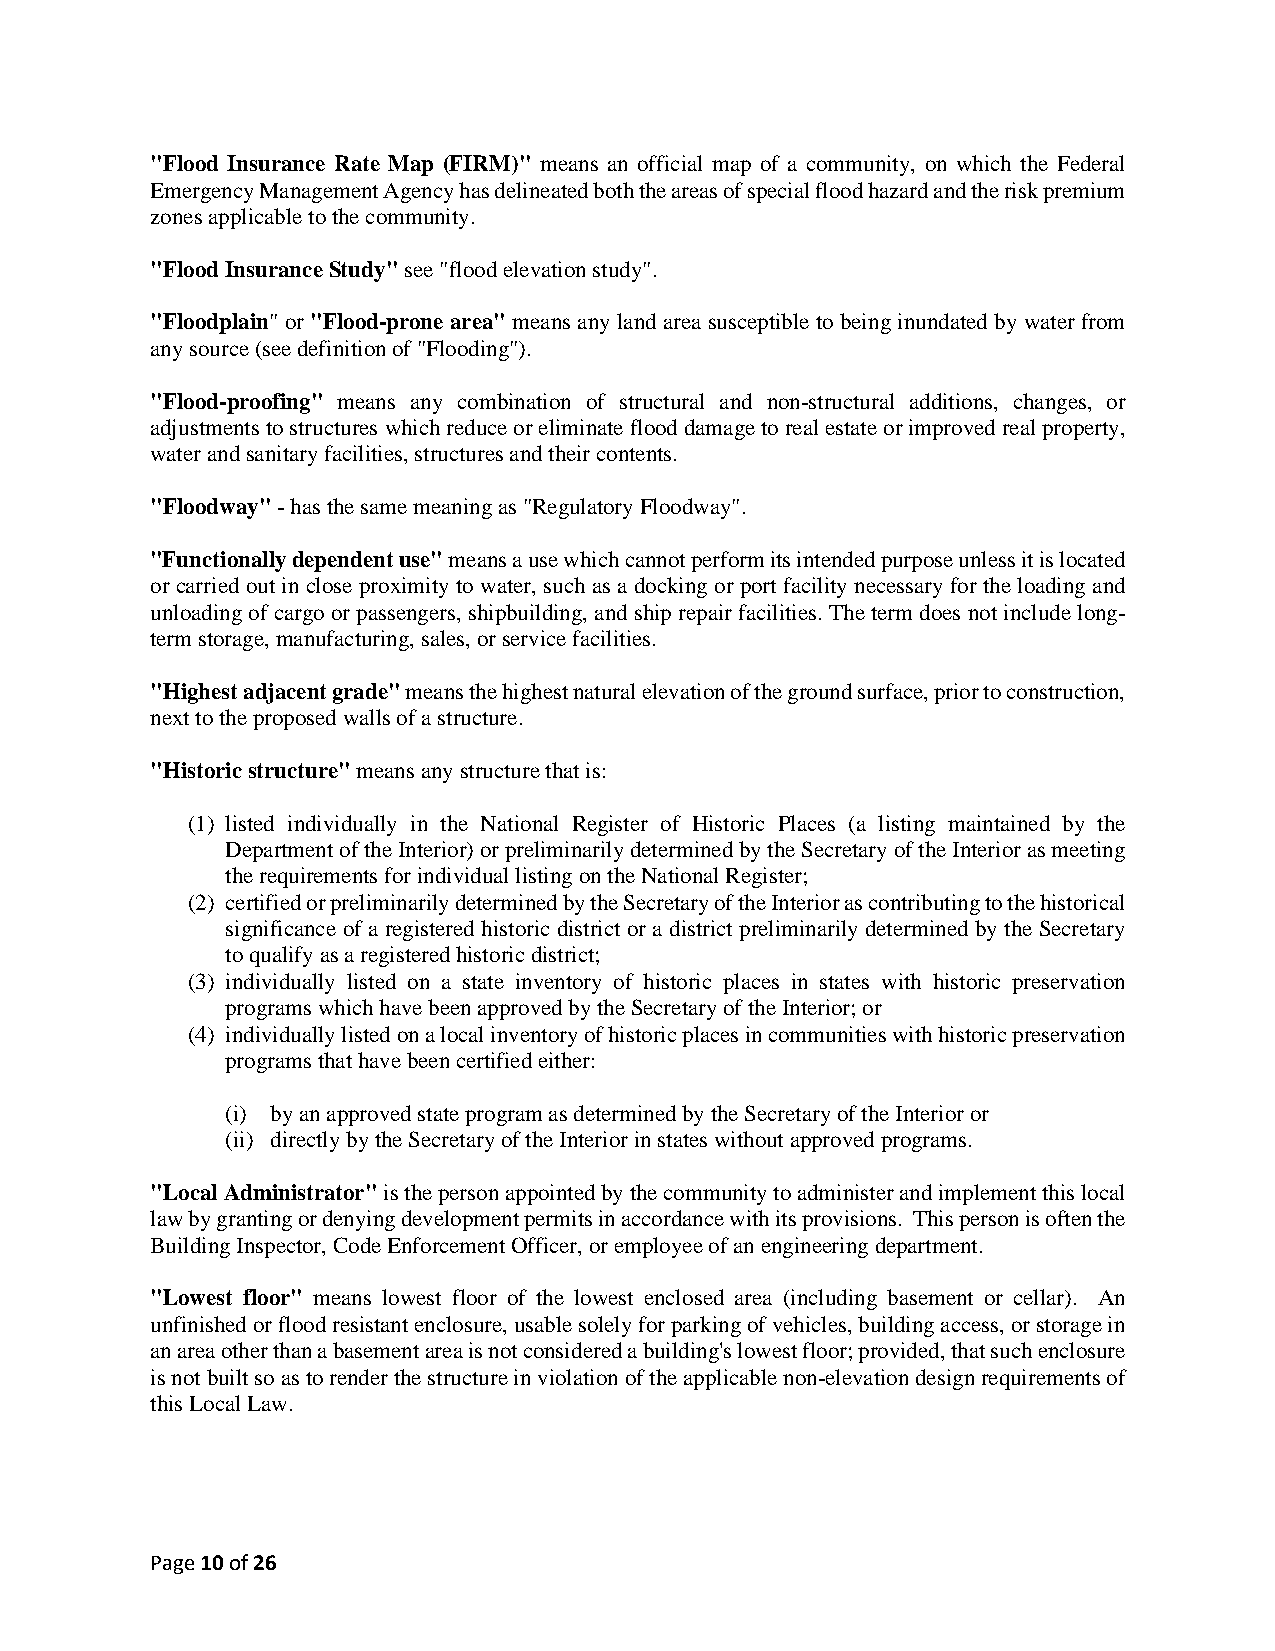
"Flood Insurance Rate Map (FIRM)" means an official map of a community, on which the Federal
 Emergency Management Agency has delineated both the areas of special flood hazard and the risk premium
 zones applicable to the community.
 "Flood Insurance Study" see "flood elevation study".
 "Floodplain" or "Flood-prone area" means any land area susceptible to being inundated by water from
 any source (see definition of "Flooding").
 "Flood-proofing" means any combination of structural and non-structural additions, changes, or
 adjustments to structures which reduce or eliminate flood damage to real estate or improved real property,
 water and sanitary facilities, structures and their contents.
 "Floodway" - has the same meaning as "Regulatory Floodway".
 "Functionally dependent use" means a use which cannot perform its intended purpose unless it is located
 or carried out in close proximity to water, such as a docking or port facility necessary for the loading and
 unloading of cargo or passengers, shipbuilding, and ship repair facilities. The term does not include long-
 term storage, manufacturing, sales, or service facilities.
 "Highest adjacent grade" means the highest natural elevation of the ground surface, prior to construction,
 next to the proposed walls of a structure.
 "Historic structure" means any structure that is:
 (1) listed individually in the National Register of Historic Places (a listing maintained by the
 Department of the Interior) or preliminarily determined by the Secretary of the Interior as meeting
 the requirements for individual listing on the National Register;
 (2) certified or preliminarily determined by the Secretary of the Interior as contributing to the historical
 significance of a registered historic district or a district preliminarily determined by the Secretary
 to qualify as a registered historic district;
 (3) individually listed on a state inventory of historic places in states with historic preservation
 programs which have been approved by the Secretary of the Interior; or
 (4) individually listed on a local inventory of historic places in communities with historic preservation
 programs that have been certified either:
 (i) by an approved state program as determined by the Secretary of the Interior or
 (ii) directly by the Secretary of the Interior in states without approved programs.
 "Local Administrator" is the person appointed by the community to administer and implement this local
 law by granting or denying development permits in accordance with its provisions. This person is often the
 Building Inspector, Code Enforcement Officer, or employee of an engineering department.
 "Lowest floor" means lowest floor of the lowest enclosed area (including basement or cellar). An
 unfinished or flood resistant enclosure, usable solely for parking of vehicles, building access, or storage in
 an area other than a basement area is not considered a building's lowest floor; provided, that such enclosure
 is not built so as to render the structure in violation of the applicable non-elevation design requirements of
 this Local Law.
 Page 10 of 26